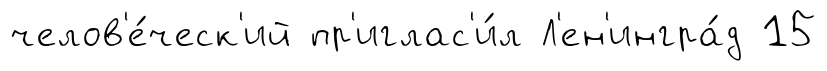
челов'е́ческ'ий пр'иглас'и́л Л'ен'ингра́д 15